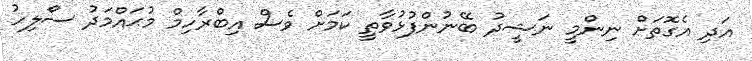
އަދި އެގޮތަށް ނިންމީ ނަޝީދު ބޭނުންފުޅުވާތީ ކަމަށް ވެސް އިބްރާހިމް މުޙައްމަދު ސޯލިހު